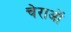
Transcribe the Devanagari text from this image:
चेराओं